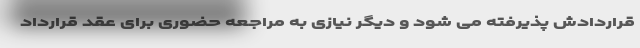
قراردادش پذیرفته می شود و دیگر نیازی به مراجعه حضوری برای عقد قرارداد